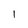
Character: 1